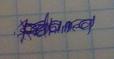
Signature authenticity: genuine